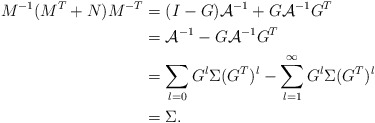
\begin{align*}M^{-1}(M^T + N) M^{-T} &= (I-G) \mathcal{A}^{-1} + G \mathcal{A}^{-1} G^T \\&= \mathcal{A}^{-1} - G \mathcal{A}^{-1} G^T \\&= \sum_{l=0} G^l \Sigma (G^T)^l - \sum_{l=1}^\infty G^l \Sigma (G^T)^l \\&= \Sigma.\end{align*}